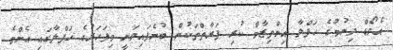
އެވޯޑް ދިނުމުގެ ހަފްލާ އިންތިޒާމް ކުރި ފަރާތްތަކުން ބުނެފައިވަނީ މިފަހަރުގެ ހަފްލާގައި އެންމެ